Vaccination in Bombay 1889-1901 - 1889-1901
Year: 1889
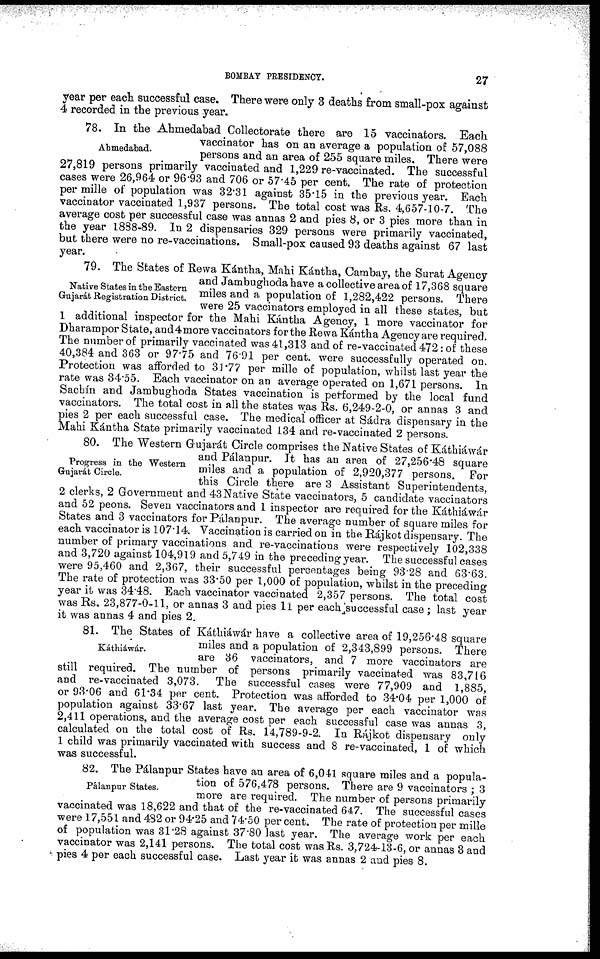
BOMBAY PRESIDENCY.
27
year per each successful case. There were only 3 deaths from small-pox against
4 recorded in the previous year.
Ahmedabad.
78. In the Ahmedabad Collectorate there are 15 vaccinators. Each
vaccinator has on an average a population of 57,088
persons and an area of 255 square miles. There were
27,819 persons primarily vaccinated and 1,229 re-vaccinated. The successful
cases were 26,964 or 96.93 and 706 or 57.45 per cent. The rate of protection
per mille of population was 32.31 against 35.15 in the previous year. Each
vaccinator vaccinated 1,937 persons. The total cost was Rs. 4,657-10-7. The
average cost per successful case was annas 2 and pies 8, or 3 pies more than in
the year 1888-89. In 2 dispensaries 329 persons were primarily vaccinated,
but there were no re-vaccinations. Small-pox caused 93 deaths against 67 last
year.
Native States in the Eastern
Gujarát Registration District.
79. The States of Rewa Kántha, Mahi Kántha, Cambay, the Surat Agency
and Jambughoda have a collective area of 17,368 square
miles and a population of 1,282,422 persons. There
were 25 vaccinators employed in all these states, but
1 additional inspector for the Mahi Kántha Agency, 1 more vaccinator for
Dharampor State, and4more vaccinators for the Rewa Kántha Agency are required.
The number of primarily vaccinated was 41,313 and of re-vaccinated 472 : of these
40,384 and 363 or 97.75 and 76.91 per cent. were successfully operated on.
Protection was afforded to 31.77 per mille of population, whilst last year the
rate was 34.55. Each vaccinator on an average operated on 1,671 persons. In
Sachín and Jambughoda States vaccination is performed by the local fund
vaccinators. The total cost in all the states was Rs. 6,249-2-0, or annas 3 and
pies 2 per each successful case. The medical officer at Sádra dispensary in the
Mahi Kántha State primarily vaccinated 134 and re-vaccinated 2 persons.
Progress in the Western
Gujarát Circle.
80. The Western Gujarát Circle comprises the Native States of Káthiáwár
and Pálanpur. It has an area of 27,256.48 square
miles and a population of 2,920,377 persons. For
this Circle there are 3 Assistant Superintendents,
2 clerks, 2 Government and 43 Native State vaccinators, 5 candidate vaccinators
and 52 peons. Seven vaccinators and 1 inspector are required for the Káthiáwár
States and 3 vaccinators for Pálanpur. The average number of square miles for
each vaccinator is 107.14. Vaccination is carried on in the Rájkot dispensary. The
number of primary vaccinations and re-vaccinations were respectively 102,338
and 3,720 against 104,919 and 5,749 in the preceding year. The successful cases
were 95,460 and 2,367, their successful percentages being 93.28 and 63.63.
The rate of protection was 33.50 per 1,000 of population, whilst in the preceding
year it was 34.48. Each vaccinator vaccinated 2,357 persons. The total cost
was Rs, 23,877-0-11, or annas 3 and pies 11 per each successful case ; last year
it was annas 4 and pies 2.
Káthiáwár.
81. The States of Káthiáwár have a collective area of 19,256.48 square
miles and a population of 2,343,899 persons. There
are 36 vaccinators, and 7 more vaccinators are
still required. The number of persons primarily vaccinated was 83,716
and re-vaccinated 3,073. The successful cases were 77,909 and 1,885,
or 93.06 and 61.34 per cent. Protection was afforded to 34.04 per 1,000 of
population against 33.67 last year. The average per each vaccinator was
2,411 operations, and the average cost per each successful case was annas 3,
calculated on the total cost of Rs. 14,789-9-2. In Rájkot dispensary only
1 child was primarily vaccinated with success and 8 re-vaccinated, 1 of which
was successful.
Pálanpur States.
82. The Pálanpur States have an area of 6,041 square miles and a popula-
tion of 576,478 persons. There are 9 vaccinators ; 3
more are required. The number of persons primarily
vaccinated was 18,622 and that of the re-vaccinated 647. The successful cases
were 17,551 and 482 or 94.25 and 74.50 per cent. The rate of protection per mille
of population was 31.28 against 37.80 last year. The average work per each
vaccinator was 2,141 persons. The total cost was Rs. 3,724-13-6, or annas 3 and
pies 4 per each successful case. Last year it was annas 2 and pies 8.